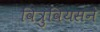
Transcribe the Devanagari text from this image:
वित्रुवियसने